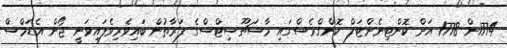
1774ން 1778 އަށް ކޮންޓިނެންޓަލް ކޮންގްރެސްގައި މާސަޗޫސިޓްސްގެ ފަރާތުން ބައިވެރިވެފައިވަނީ ޖޯން އެޑަމްސް